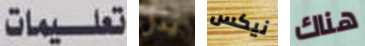
تعليمات يدل نيكس هناك